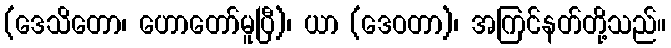
(ဒေသိတော၊ ဟောတော်မူပြီ)၊ ယာ (ဒေဝတာ)၊ အကြင်နတ်တို့သည်။